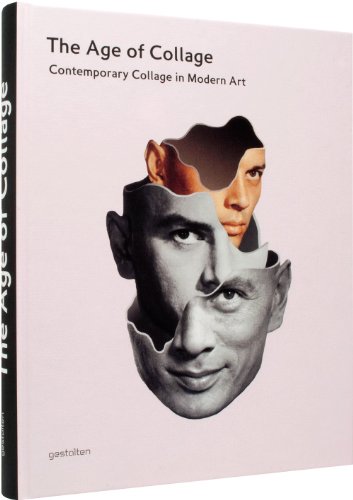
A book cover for The Age of Collage: Contemporary Collage in Modern Art; Arts & Photography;